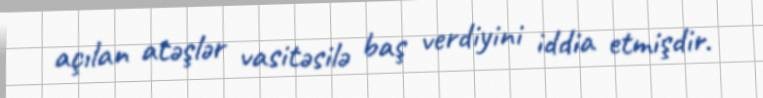
açılan atəşlər vasitəsilə baş verdiyini iddia etmişdir.